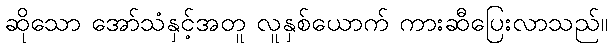
ဆိုသော အော်သံနှင့်အတူ လူနှစ်ယောက် ကားဆီပြေးလာသည်။